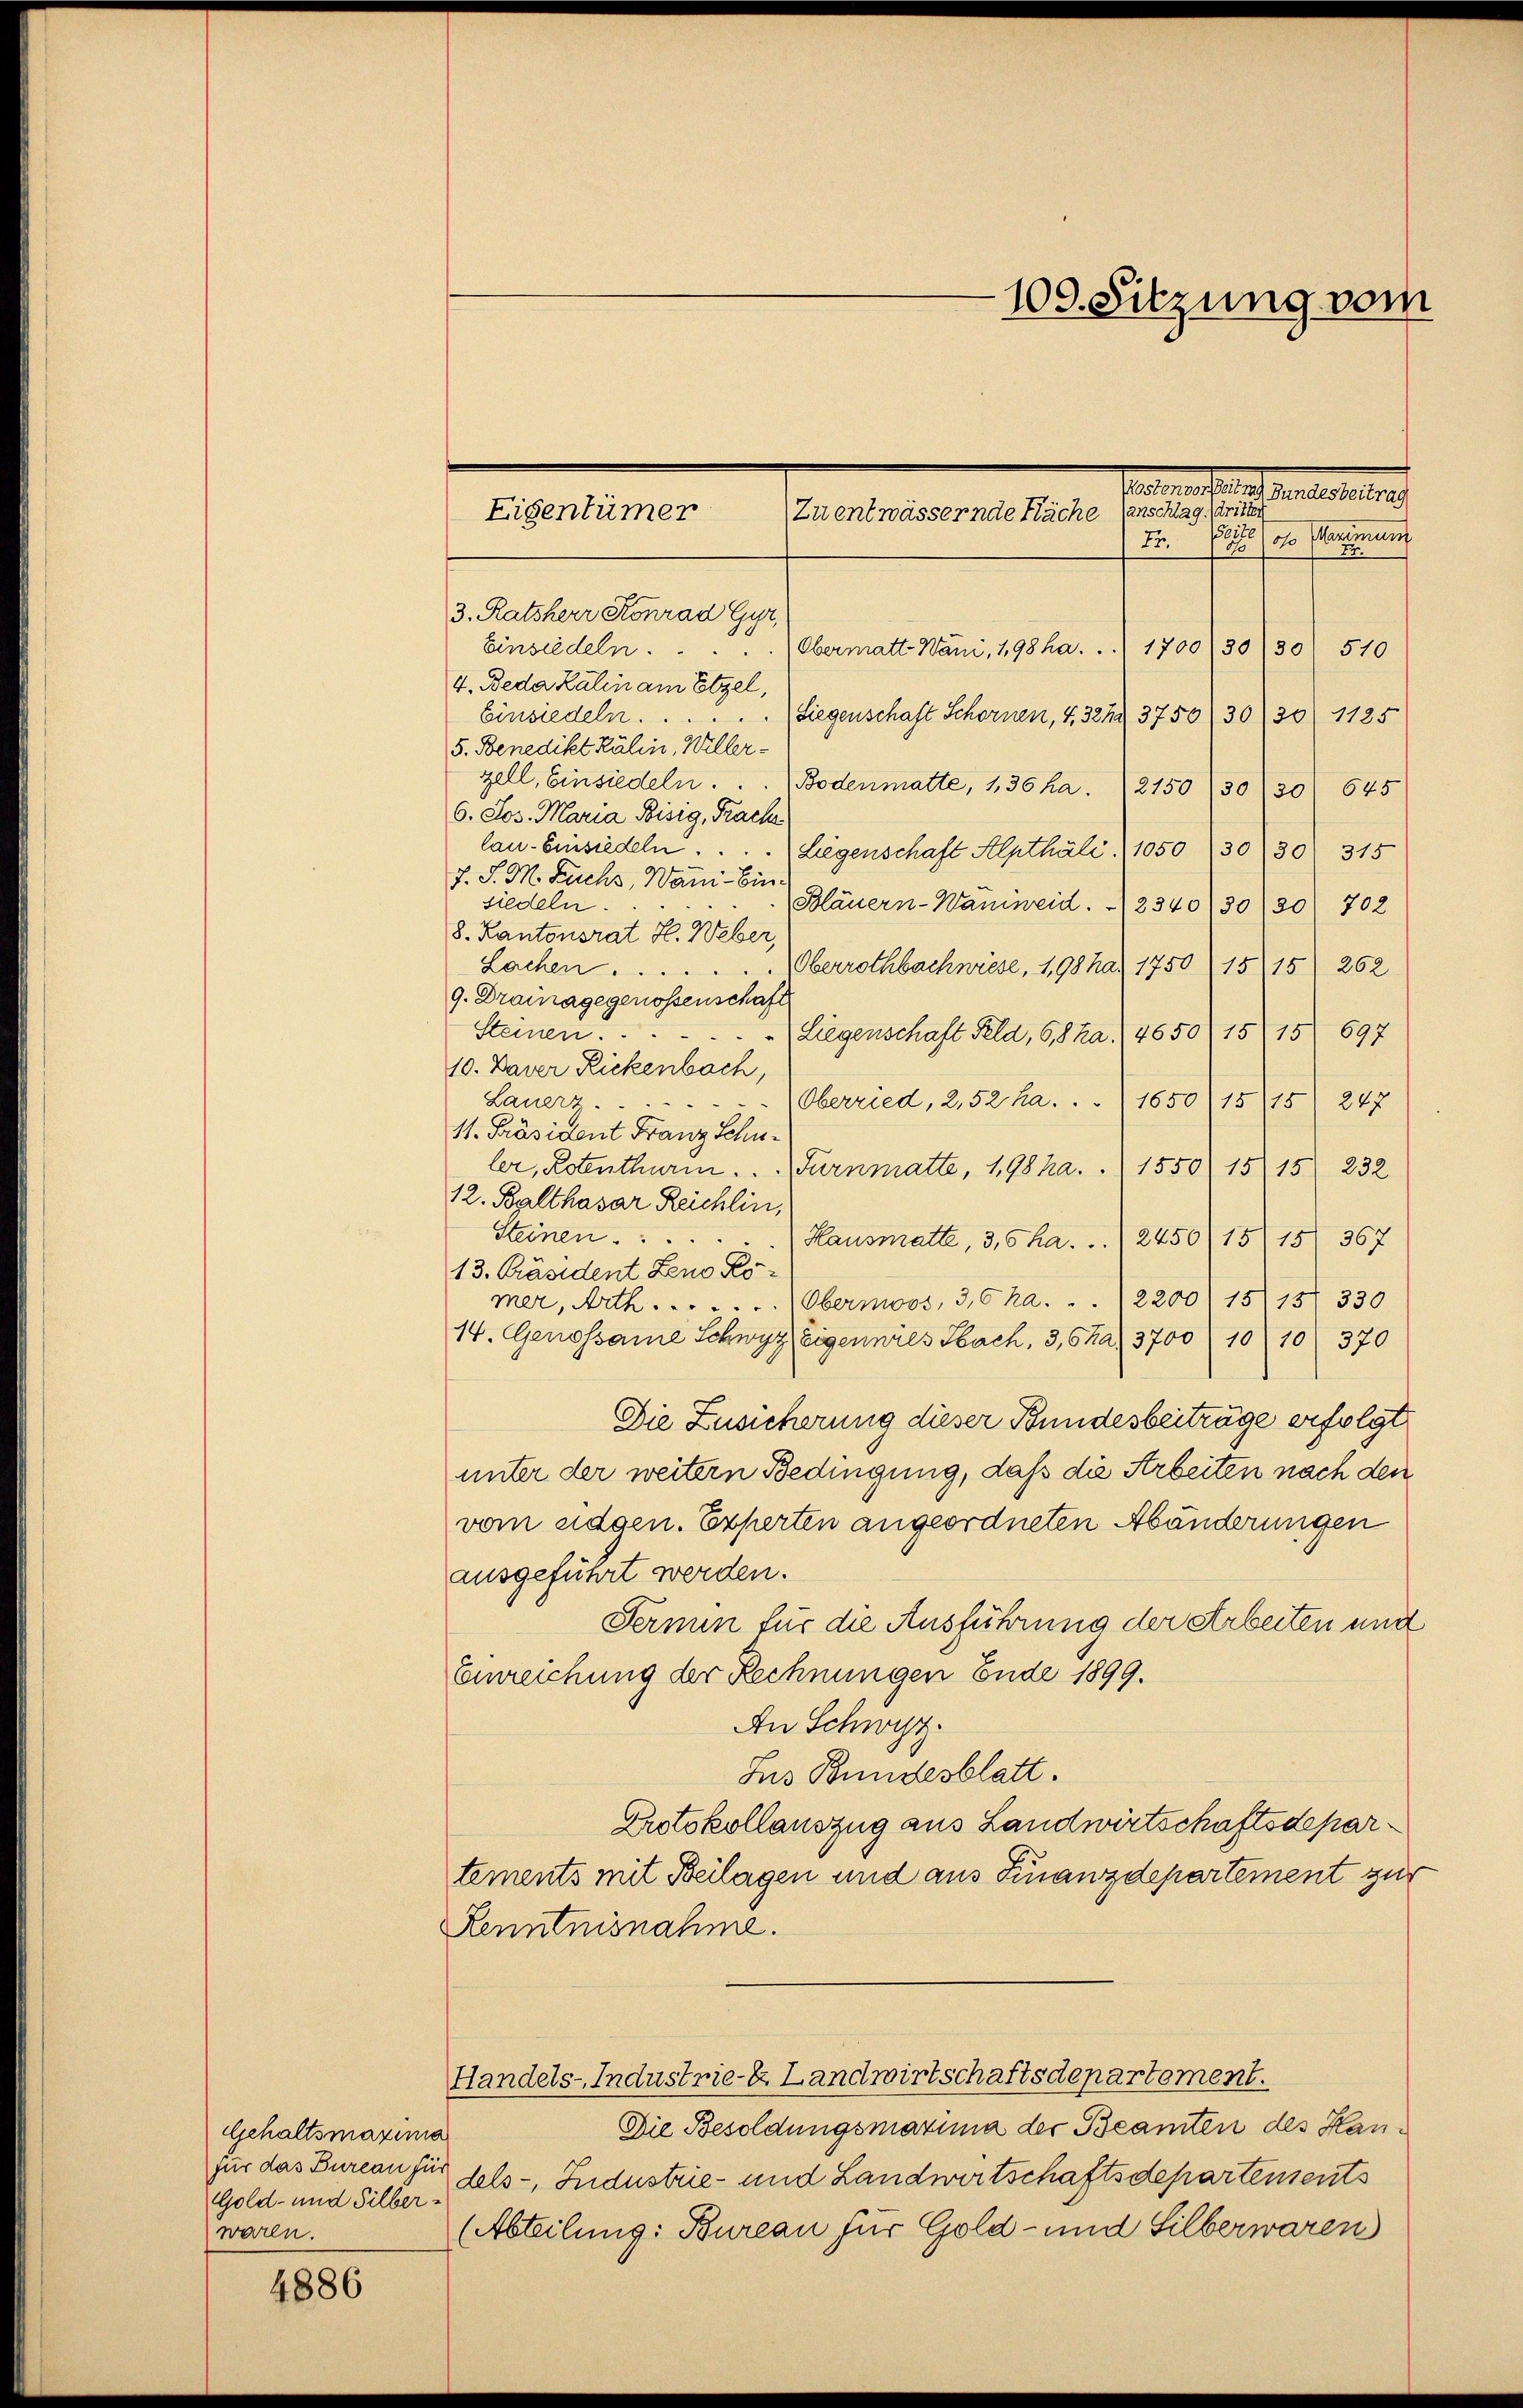
Gehaltsmaxima
für das Bureau für
Gold- und Silberwaren.

4886

3. Ratsherr Konrad Gyr,
Einsiedeln.
Obermatt. Wani, 198 ha. . . 1700/30/30/ 510
4. Beda Kalin am Etzel,
Einsiedeln. . . . . . Liegenschaft Schornen, 4, 327. 3750 30/30 1125
5. Benedikt Kälin, Willergell, Einsiedeln. . . Bodenmatte, 1,36 ha. 12150 (30/30' 645
6. Jos. Maria Bisig, Frache
lan-Einsiedeln . . . . Liegenschaft Alptháli. 1050 (13030 315
7. S. M. Fuchs, Wanni- Einsiedeln.
Bläuern-Wannweid. 12340/30 (20 702
8. Kantonsrat H. Weber,
Oberrothbachwiese, 1,98 ha. 1750 (15115) 262
Lachen .....
9. Drainagegenossenschaft
Steinen.
Liegenschaft Feld, 68 ka. 4650/ 15 15 697
10. Daver Rickenbach,
Oberried, 2,52 ha. ..
Lauert ......
1650/15/15/ 247
1. Präsident Franz Schuler, Rotenthum.  ..  Turnmatte, 198 ha. (1550/ 15 15
232
12. Balthasar Reichlin,
Steinen . . . . .
Hausmatte, 3,6 ha. ..  2450/1515/ 367
13. Präsident Zeno Kömer, Arth . . . . . ..  (Obermoos, 3,6 ha.  .. 12200 1515/ 330
14. Genossame Schwyz Eigennals Sach, 3, 6 ha 3700 10 10 370
Die Zusicherung dieser Bundesbeiträge erfolgt
unter der weitern Bedingung, daß die Arbeiten nach den
vom eidgen. Experten angeordneten Abänderungen
ausgeführt werden.
Fermin für die Ausführung der Arbeiten und
Einreichung der Rechnungen Ende 1899.
An Schwyz.
Jus Bundesblatt.
Protokollauszug aus Landwirtschaftsdepartements mit Beilagen und aus Finanzdepartement zur
Kenntnisnahme.
Handels-Industrie-E. Landwirtschaftsdepartement.
Die Besoldungsmarina der Beamten des Handels-, Industrie- und Landwirtschaftsdepartensents
(Abteilung: Bureau für Gold- und Silberwaren

Eigentümer

100. Sitzung vom
Bernementstand der aber 1910.
Zu entwässernde Fläche sanschlag dritten
77. Es ist oso Merimum
Er.